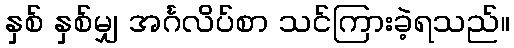
နှစ် နှစ်မျှ အင်္ဂလိပ်စာ သင်ကြားခဲ့ရသည်။